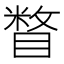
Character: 𰥼